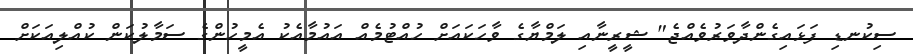
ސިކުނޑި ފަޅައިގެންދާވަރުވެއްޖެ" ޝީރީނާއި ލަމްޔާގެ ވާހަކައަށް ހުއްޓުމެއް އައުމާއެކު އެމީހުންގެ ސަމާލުކަން ކުއްލިއަކަށް